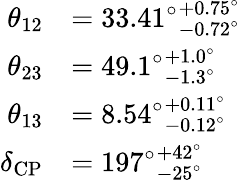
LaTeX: {\begin{array}{rl}{\theta_{12}}&{={33.41^{\circ}}_{-0.72^{\circ}}^{+0.75^{\circ}}}\\ {\theta_{23}}&{={49.1^{\circ}}_{-1.3^{\circ}}^{+1.0^{\circ}}}\\ {\theta_{13}}&{={8.54^{\circ}}_{-0.12^{\circ}}^{+0.11^{\circ}}}\\ {\delta_{\textrm{CP}}}&{={197^{\circ}}_{-25^{\circ}}^{+42^{\circ}}}\end{array}}